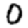
Digit: 0